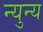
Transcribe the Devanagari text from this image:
न्युन्य